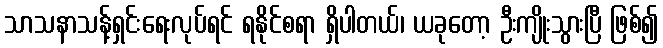
သာသနာသန့်ရှင်းရေးလုပ်ရင် ရနိုင်စရာ ရှိပါတယ်၊ ယခုတော့ ဦးကျိုးသွားပြီ ဖြစ်၍